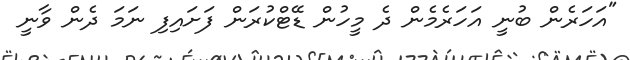
"އަހަރެން ބުނީ އަހަރެމެން ދެ މީހުން ޑޭޓްކުރަން ފަށައިފި ނަމަ ދެން ވާނީ